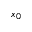
x _ { 0 }